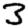
Digit: 3